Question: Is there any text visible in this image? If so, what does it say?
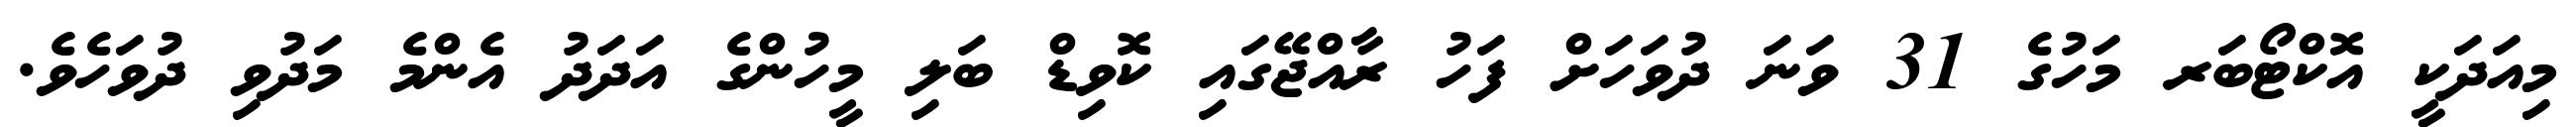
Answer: މިއަދަކީ އޮކްޓޯބަރ މަހުގެ 31 ވަނަ ދުވަހަށް ފަހު ރާއްޖޭގައި ކޮވިޑް ބަލި މީހުންގެ އަދަދު އެންމެ މަދުވި ދުވަހެވެ.